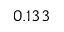
0 . 1 3 3